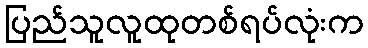
ပြည်သူလူထုတစ်ရပ်လုံးက